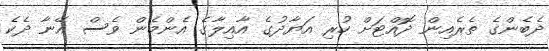
ދެބެންގެ ތެރެއިން ދޮއްޓަށް ހުރި އަޔާދުގެ އާއިލާގެ އެންމެން ވެސް އޭނާ ދެކެ